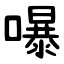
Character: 嚗